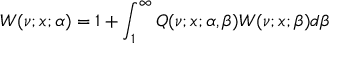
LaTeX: W ( \nu ; x ; \alpha ) = 1 + \int _ { 1 } ^ { \infty } Q ( \nu ; x ; \alpha , \beta ) W ( \nu ; x ; \beta ) d \beta